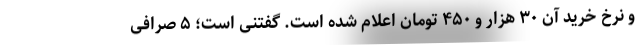
و نرخ خرید آن ۳۰ هزار و ۴۵۰ تومان اعلام شده است. گفتنی است؛ ۵ صرافی